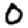
Digit: 0